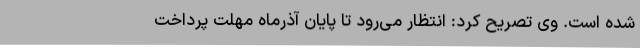
شده است. وی تصریح کرد: انتظار می‌رود تا پایان آذرماه مهلت پرداخت